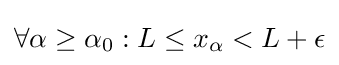
\forall \alpha \geq \alpha _{0}:L\leq x_{\alpha }<L+\epsilon